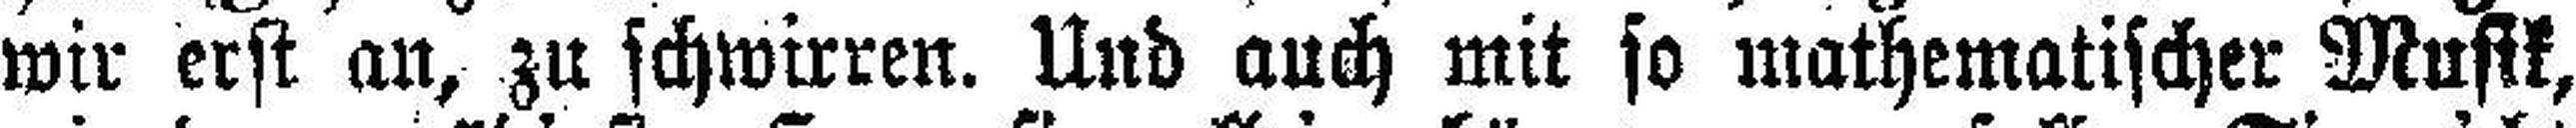
wir erst an, zu schwirren. Und auch mit so mathematischer Musik,